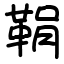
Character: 鞙